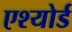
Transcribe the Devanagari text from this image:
एश्योर्ड